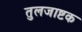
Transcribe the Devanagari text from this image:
तुलजाष्टक